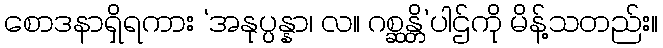
စောဒနာရှိရကား ‘အနုပ္ပန္နာ၊ လ။ ဂစ္ဆန္တိ’ပါဌ်ကို မိန့်သတည်း။